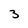
Character: 3